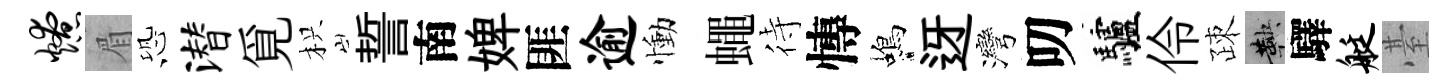
燎眉恐潜覓枳誓南婢匪逾慟蠅待慱蝎迓灣叨驢伶疎鞅驛艇䑓